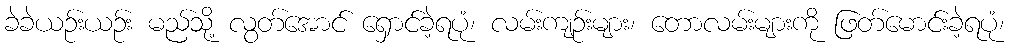
ခဲခဲယဉ်းယဉ်း မည်သို့ လွတ်အောင် ရှောင်ခဲ့ရပုံ၊ လမ်းကျဉ်းများ၊ တောလမ်းများကို ဖြတ်မောင်းခဲ့ရပုံ၊